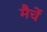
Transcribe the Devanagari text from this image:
मैचें